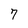
Character: 7